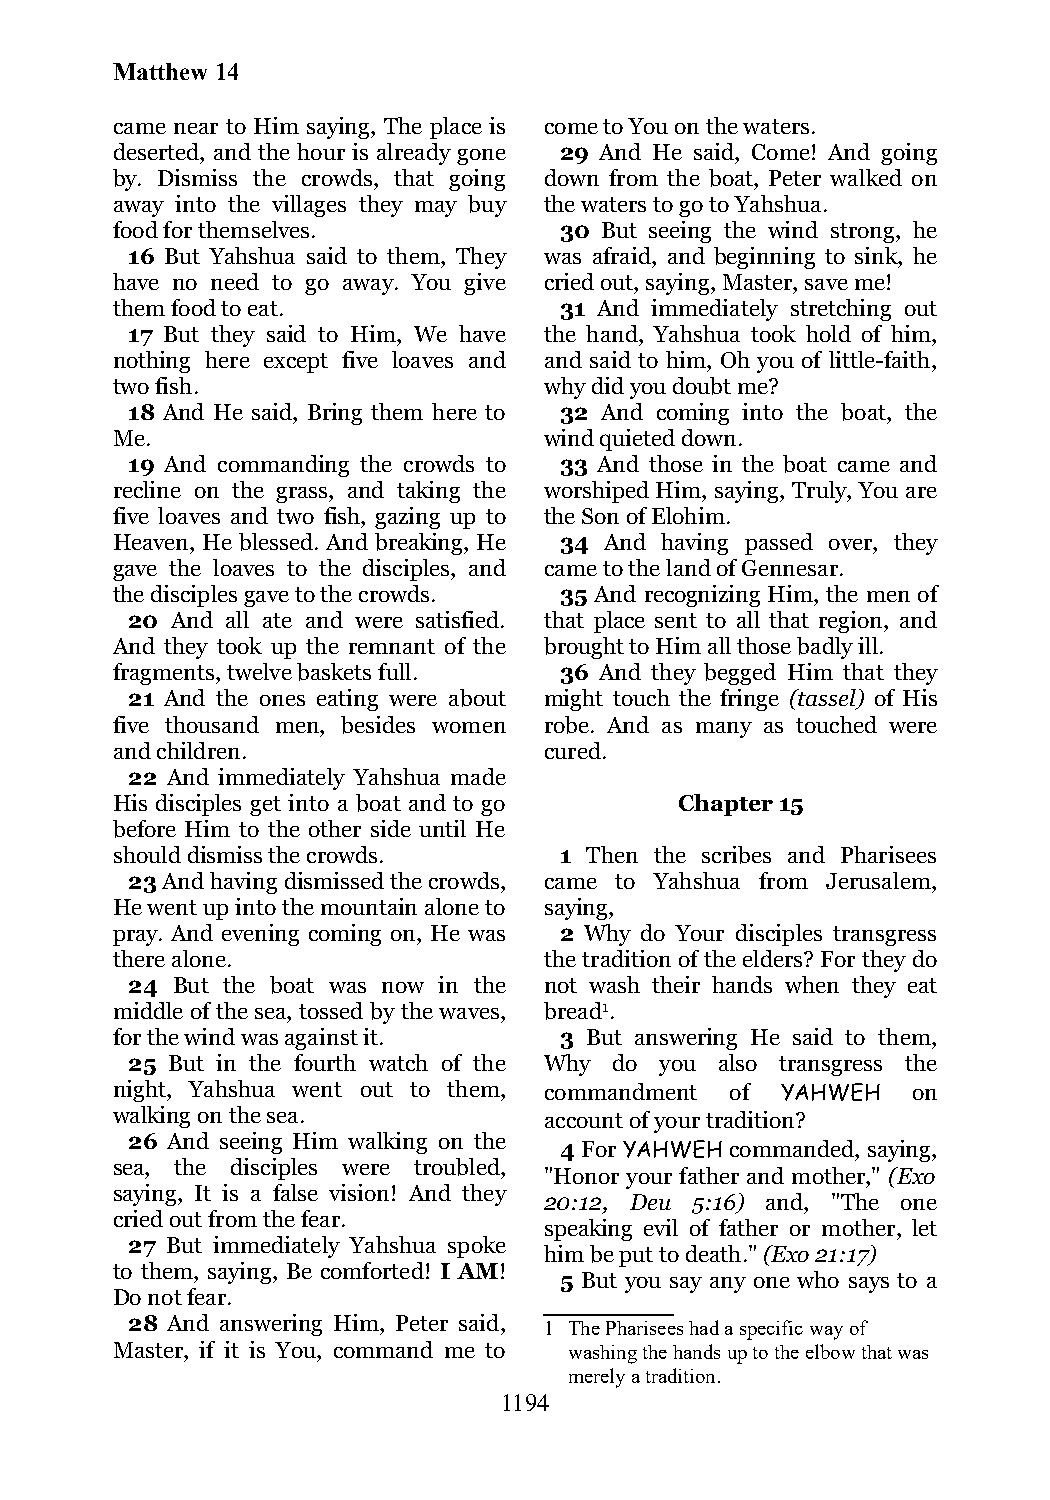
Matthew 14
 came near to Him saying, The place is come to You on the waters.
 deserted, and the hour is already gone 29 And He said, Come! And going
 by. Dismiss the crowds, that going down from the boat, Peter walked on
 away into the villages they may buy the waters to go to Yahshua.
 food for themselves.          30 But seeing the wind strong, he
 16 But Yahshua said to them, They was afraid, and beginning to sink, he
 have no need to go away. You give cried out, saying, Master, save me!
 them food to eat.             31 And immediately stretching out
 17 But they said to Him, We have the hand, Yahshua took hold of him,
 nothing here except five loaves and and said to him, Oh you of little-faith,
 two fish.                    why did you doubt me?
 18 And He said, Bring them here to 32 And coming into the boat, the
 Me.                          wind quieted down.
 19 And commanding the crowds to 33 And those in the boat came and
 recline on the grass, and taking the worshiped Him, saying, Truly, You are
 five loaves and two fish, gazing up to the Son of Elohim.
 Heaven, He blessed. And breaking, He 34 And having passed over, they
 gave the loaves to the disciples, and came to the land of Gennesar.
 the disciples gave to the crowds. 35 And recognizing Him, the men of
 20 And all ate and were satisfied. that place sent to all that region, and
 And they took up the remnant of the brought to Him all those badly ill.
 fragments, twelve baskets full. 36 And they begged Him that they
 21 And the ones eating were about might touch the fringe (tassel) of His
 five thousand men, besides women robe. And as many as touched were
 and children.                cured.
 22 And immediately Yahshua made
 His disciples get into a boat and to go Chapter 15
 before Him to the other side until He
 should dismiss the crowds.    1 Then the scribes and Pharisees
 23 And having dismissed the crowds, came to Yahshua from Jerusalem,
 He went up into the mountain alone to saying,
 pray. And evening coming on, He was 2 Why do Your disciples transgress
 there alone.                 the tradition of the elders? For they do
 24 But the boat was now in the not wash their hands when they eat
 middle of the sea, tossed by the waves, bread1.
 for the wind was against it.  3 But answering He said to them,
 25 But in the fourth watch of the Why do you also transgress the
 night, Yahshua went out to them, commandment of YAHWEH on
 walking on the sea.          account of your tradition?
 26 And seeing Him walking on the
 4 For YAHWEH commanded, saying,
 sea, the disciples were troubled,
 "Honor your father and mother," (Exo
 saying, It is a false vision! And they
 20:12, Deu 5:16) and, "The one
 cried out from the fear.
 speaking evil of father or mother, let
 27 But immediately Yahshua spoke
 him be put to death." (Exo 21:17)
 to them, saying, Be comforted! I AM!
 5 But you say any one who says to a
 Do not fear.
 28 And answering Him, Peter said, 1 The Pharisees had a specific way of
 Master, if it is You, command me to washing the hands up to the elbow that was
 merely a tradition.
 1194